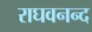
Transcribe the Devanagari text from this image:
राघवनन्द